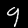
Digit: 9